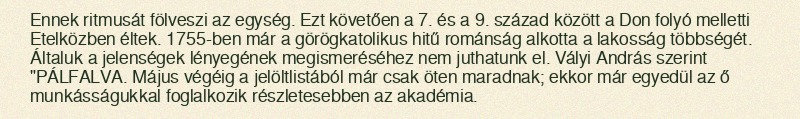
Ennek ritmusát fölveszi az egység. Ezt követően a 7. és a 9. század között a Don folyó melletti Etelközben éltek. 1755-ben már a görögkatolikus hitű románság alkotta a lakosság többségét. Általuk a jelenségek lényegének megismeréséhez nem juthatunk el. Vályi András szerint "PÁLFALVA. Május végéig a jelöltlistából már csak öten maradnak; ekkor már egyedül az ő munkásságukkal foglalkozik részletesebben az akadémia.